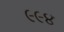
૯૯૪